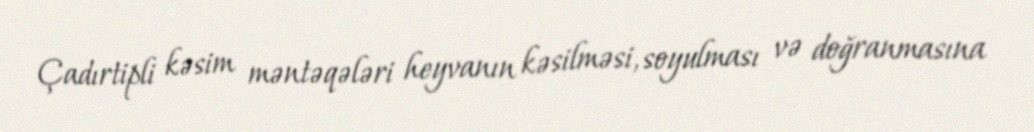
Çadırtipli kəsim məntəqələri heyvanın kəsilməsi, soyulması və doğranmasına